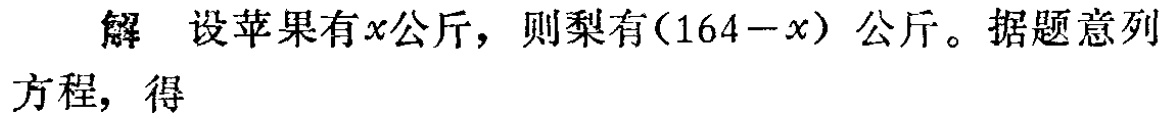
解 设苹果有\(x\)公斤，则梨有\((164 - x)\)公斤。据题意列方程，得